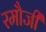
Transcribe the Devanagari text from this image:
रमौजी